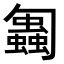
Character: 𠤋